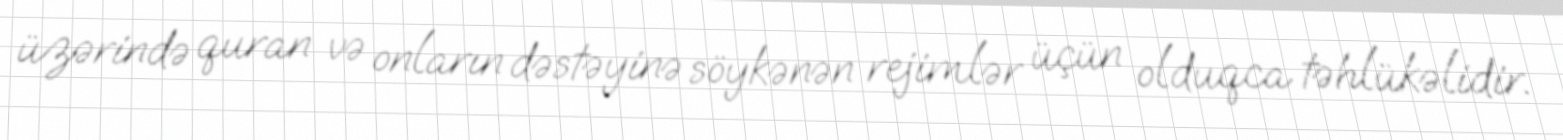
üzərində quran və onların dəstəyinə söykənən rejimlər üçün olduqca təhlükəlidir.